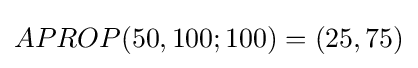
APROP(50,100;100)=(25,75)